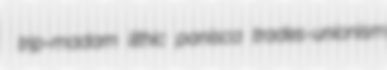
trip-madam lithic panisca trades-unionism